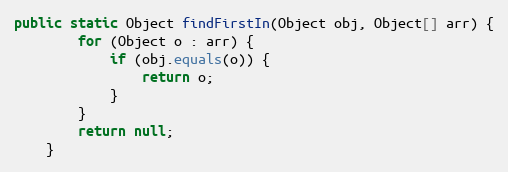
Language: Java
public static Object findFirstIn(Object obj, Object[] arr) {
		for (Object o : arr) {
			if (obj.equals(o)) {
				return o;
			}
		}
		return null;
	}